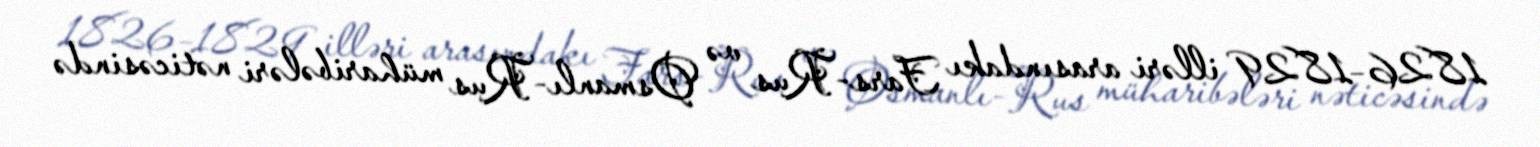
1826–1829 illəri arasındakı Fars-Rus və Osmanlı-Rus müharibələri nəticəsində